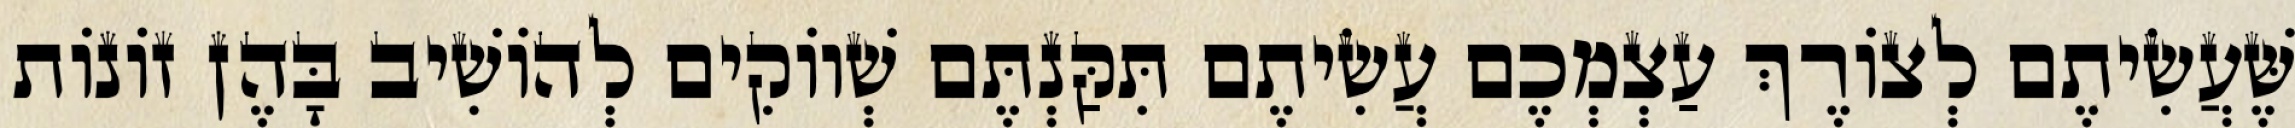
שֶּׁעֲשִׂיתֶם לְצוֹרֶךְ עַצְמְכֶם עֲשִׂיתֶם תִּקַּנְתֶּם שְׁווֹקִים לְהוֹשִׁיב בָּהֶן זוֹנוֹת